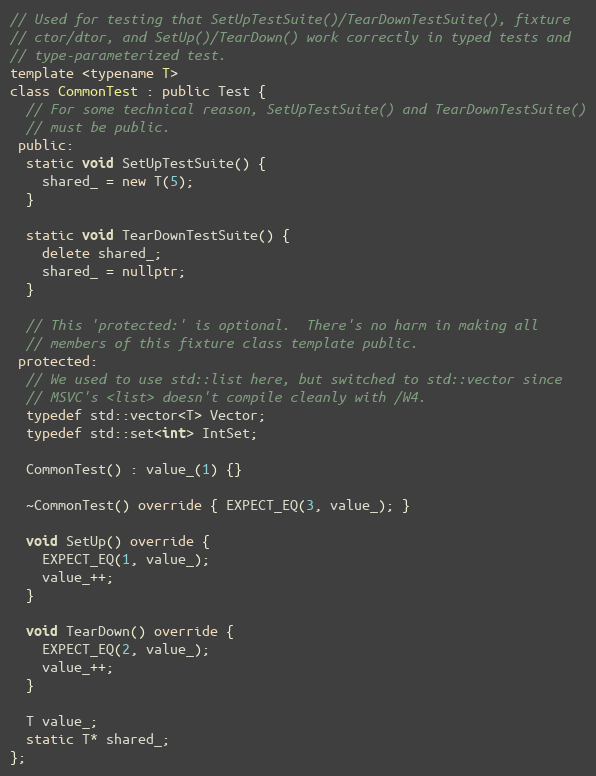
Language: C++
// Used for testing that SetUpTestSuite()/TearDownTestSuite(), fixture
// ctor/dtor, and SetUp()/TearDown() work correctly in typed tests and
// type-parameterized test.
template <typename T>
class CommonTest : public Test {
  // For some technical reason, SetUpTestSuite() and TearDownTestSuite()
  // must be public.
 public:
  static void SetUpTestSuite() {
    shared_ = new T(5);
  }

  static void TearDownTestSuite() {
    delete shared_;
    shared_ = nullptr;
  }

  // This 'protected:' is optional.  There's no harm in making all
  // members of this fixture class template public.
 protected:
  // We used to use std::list here, but switched to std::vector since
  // MSVC's <list> doesn't compile cleanly with /W4.
  typedef std::vector<T> Vector;
  typedef std::set<int> IntSet;

  CommonTest() : value_(1) {}

  ~CommonTest() override { EXPECT_EQ(3, value_); }

  void SetUp() override {
    EXPECT_EQ(1, value_);
    value_++;
  }

  void TearDown() override {
    EXPECT_EQ(2, value_);
    value_++;
  }

  T value_;
  static T* shared_;
};